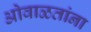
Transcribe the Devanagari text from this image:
ओवाळतांना